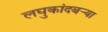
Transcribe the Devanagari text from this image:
लघुकांदबर्‍या